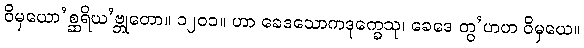
ဝိမှယော’စ္ဆရိယ’ဗ္ဘုတော။ ၁၂၀၁။ ဟာ ခေဒသောကဒုက္ခေသု၊ ခေဒေ တွ’ဟဟ ဝိမှယေ။